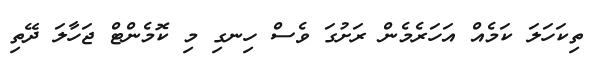
ތިކަހަލަ ކަމެއް އަހަރެމެން ރަށުގަ ވެސް ހިނގި މި ކޮމެންޓް ޖަހާލަ ދޭތި